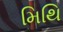
મિથિ